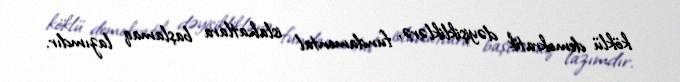
köklü demokratik dəyişikliklərə, fundamental islahatlara başlamaq lazımdır.